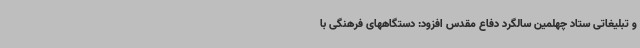
و تبلیغاتی ستاد چهلمین سالگرد دفاع مقدس افزود: دستگاههای فرهنگی با